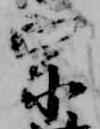
宗